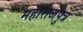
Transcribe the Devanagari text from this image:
महाराजपुत्र